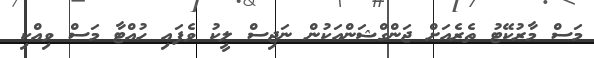
މަސް މާރުކޭޓު ތެރެއަށް ޖަންގްޝަންއަކުން ނަޖިސް ލީކު ވެފައި ހުއްޓާ މަސް ވިއްކި